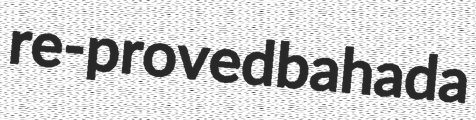
re-proved bahada